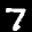
Label: 7